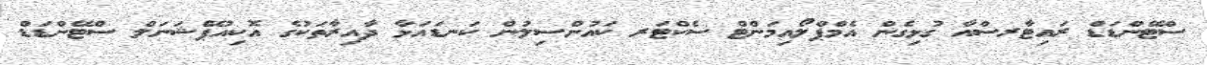
ސްޓޭންޑަޑް ރައިޓާރސްއާ ގުޅިގެން އެމްޕްލޯއިމަންޓް ސެކްޓަރ ކައުންސިލުން ކަނޑައަޅާ ދާއިރާތަކުގެ އޮކިއުޕޭޝަނަލް ސްޓޭންޑަޑް